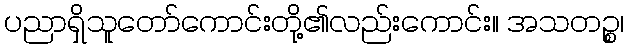
ပညာရှိသူတော်ကောင်းတို့၏လည်းကောင်း။ အသတဉ္စ၊